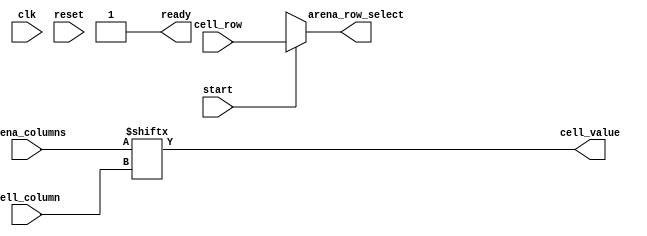

module cell_reader #(
    parameter ARENA_WIDTH = 10,
    parameter ARENA_HEIGHT = 10
) (
    input clk,
    input reset,

    input start,
    output ready,

    input [9:0] cell_column,
    input [9:0] cell_row,
    output cell_value,

    output [9:0] arena_row_select,
    input [ARENA_WIDTH-1:0] arena_columns
);
    assign ready = 1'b1; // Read is always 1-cycle

    assign arena_row_select = start ? cell_row : {10{1'bx}};
    assign cell_value = arena_columns[cell_column]; // TODO do we want to flip bit order?

endmodule